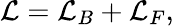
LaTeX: {\cal L}={\cal L}_{B}+{\cal L}_{F},